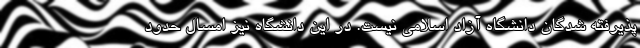
پذیرفته شدگان دانشگاه آزاد اسلامی نیست. در این دانشگاه نیز امسال حدود